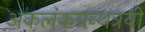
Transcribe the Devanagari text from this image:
अकलंकग्रन्थत्रयी